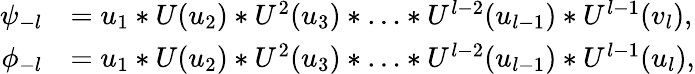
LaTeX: \begin{array}{rl}{\psi_{-l}}&{=u_{1}*U(u_{2})*U^{2}(u_{3})*\ldots*U^{l-2}(u_{l-1})*U^{l-1}(v_{l}),}\\ {\phi_{-l}}&{=u_{1}*U(u_{2})*U^{2}(u_{3})*\ldots*U^{l-2}(u_{l-1})*U^{l-1}(u_{l}),}\end{array}